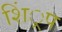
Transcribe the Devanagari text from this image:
शिं्रप